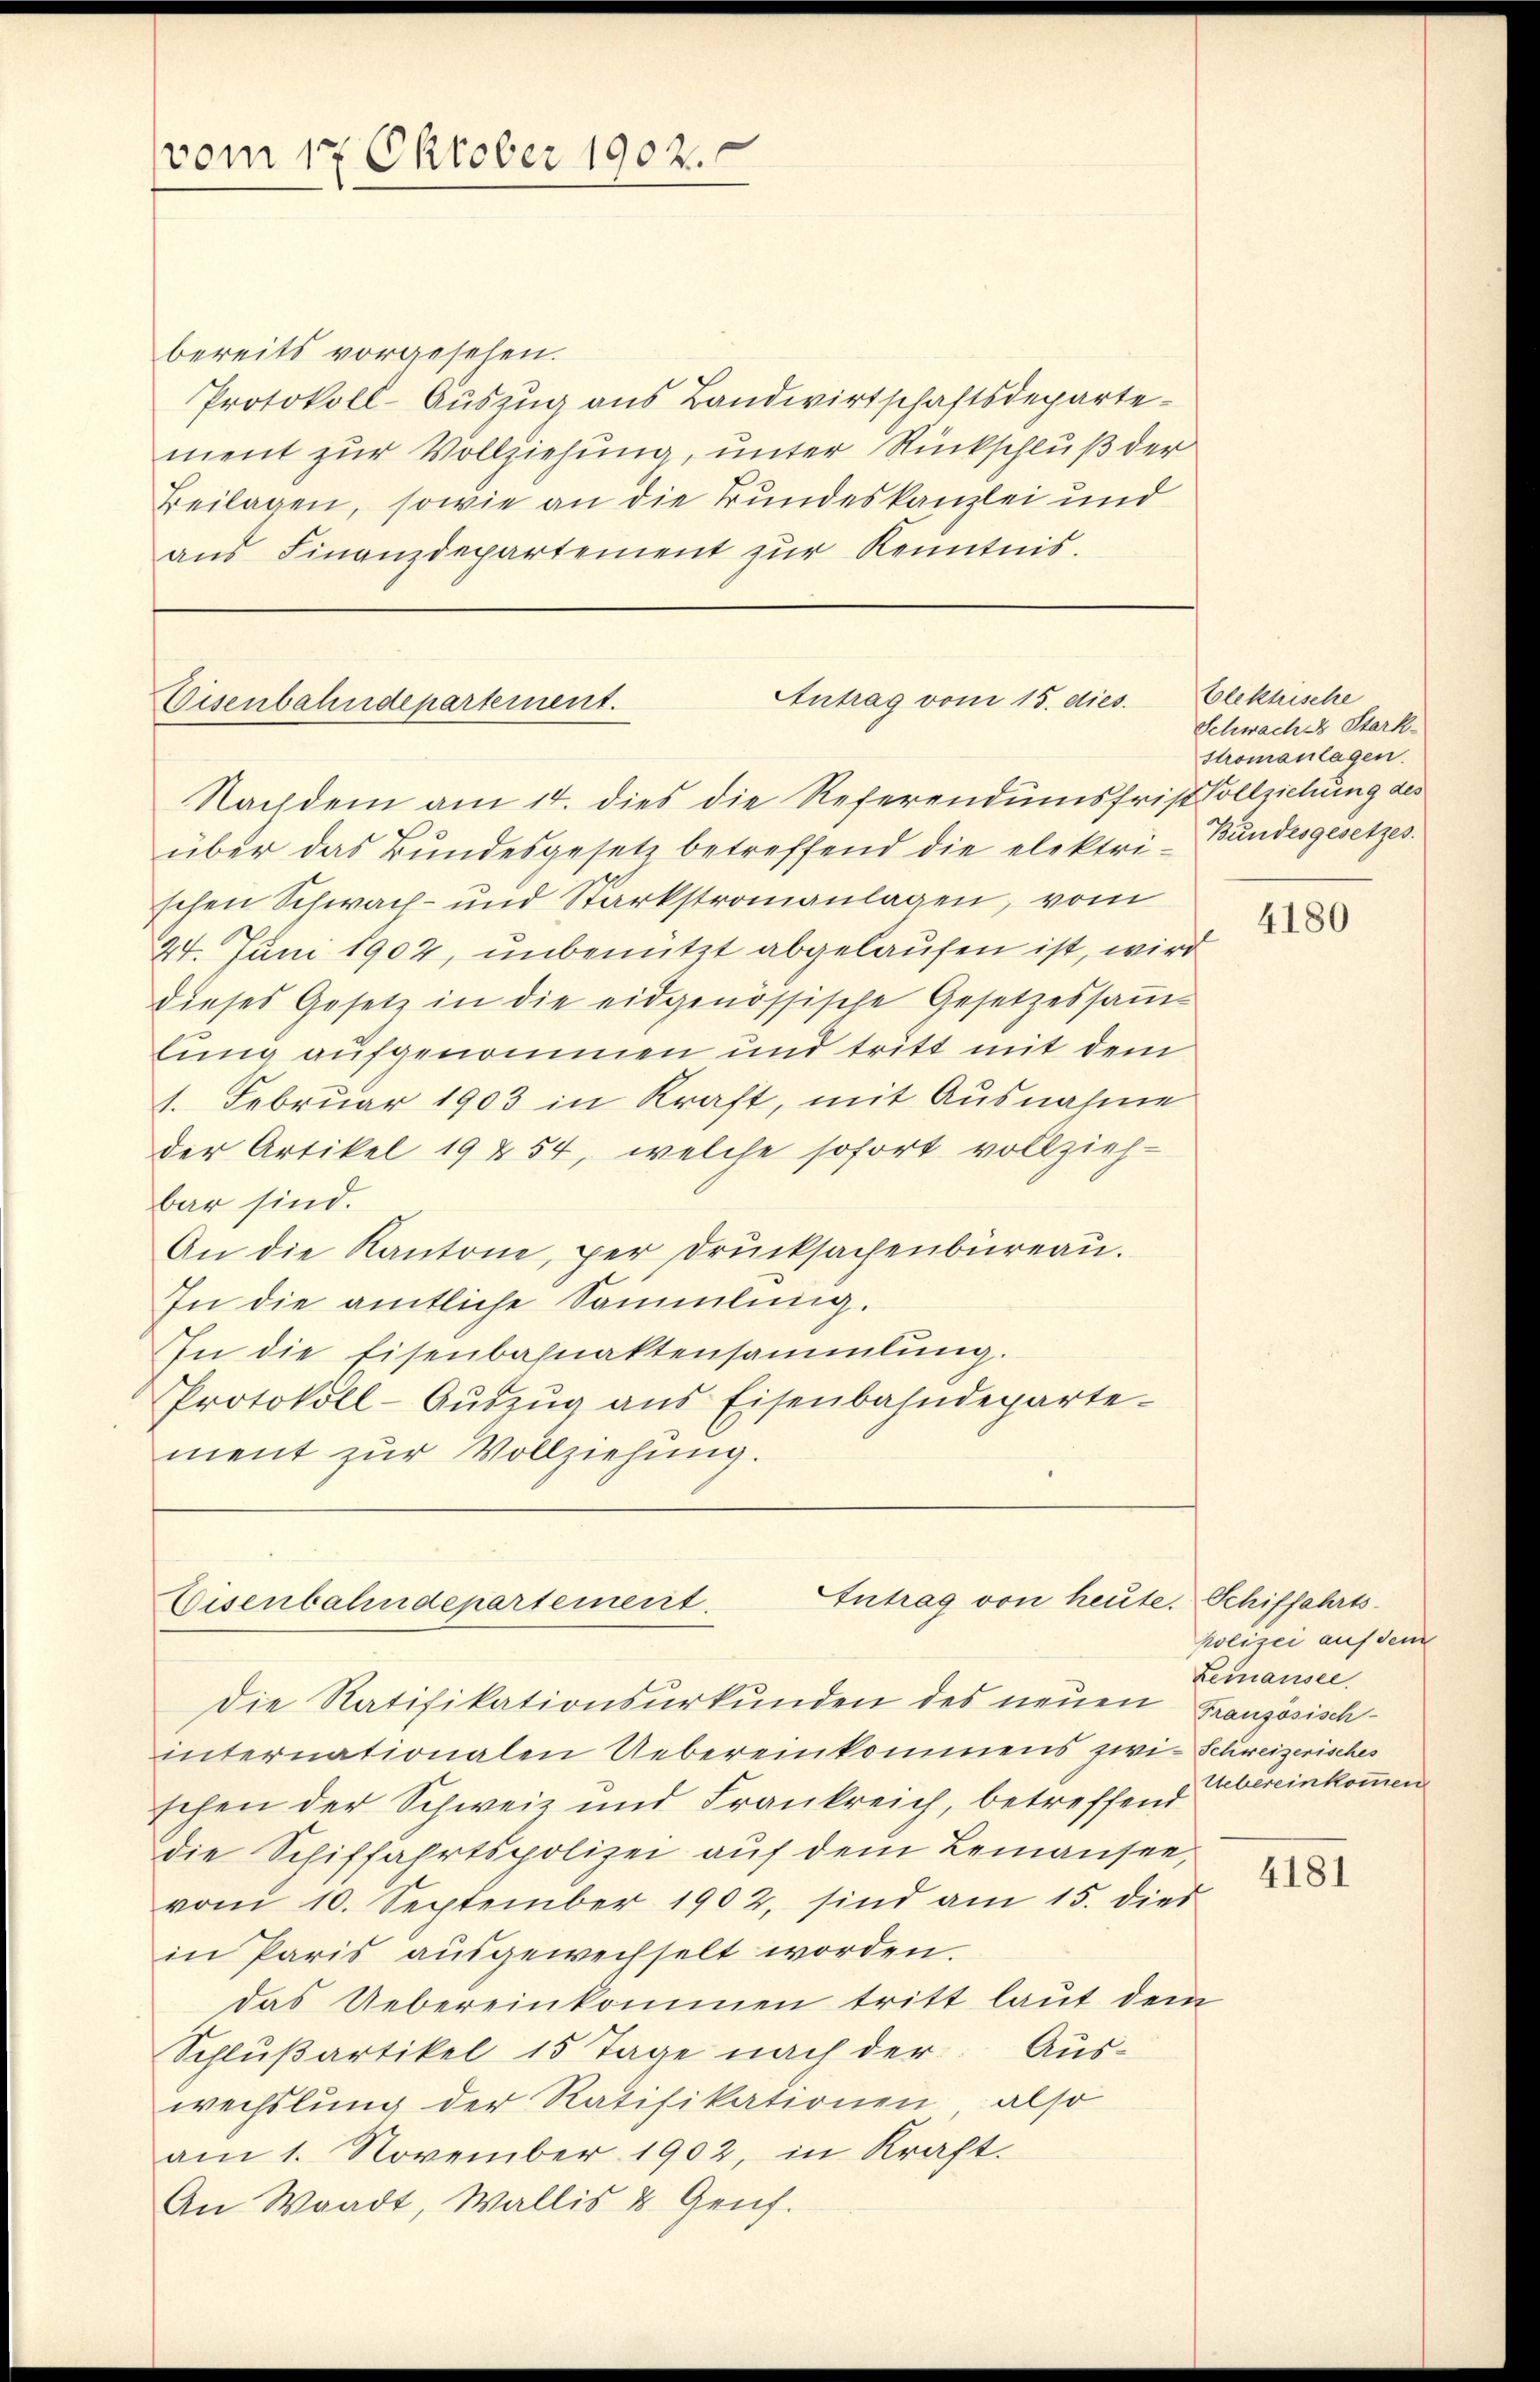
vom 17. Oktober 1902.

Antrag vom 15. dies.
Eisenbahndepartement.
Nachdem am 14. dies die Referendumsfrist Vollziehung des

bereits vorgesehen.
Protokoll-Auszug aus Bandwirtschaftsdepartement zur Vollziehung, unter Rückschluß der
Beilagen, sowie an die Bundeskanzlei und
ans Finanzdepartement zŭr Kenntnis.

Antrag von heute. Schiffahrts¬
Eisenbahndepartement.
Die Ratifikationsurkunden des neuen Französisch¬

über das Bundesgesetz betreffend die elektri-Bundesgesetzes.
schen Schwach- und Starkstromanlagen, vom
24. Juni 1902, unbenützt abgelaufen ist, wird
dieses Gesetz in die eidgenössische Gesetzessammlung aufgenommen und tritt mit dem
1. Februar 1903 in Kraft, mit Ausnahme
der Artikel 19454, welche sofort vollzieh-
bar sind.
An die Kantone, per Drucksachenbüreaŭ.
In die amtliche Sammlung.
In die Eisenbahnaktensammlung.
Protokoll-Aŭszŭg ans Eisenbahndeparte
ment zur Vollziehung.

internationalen Uebereinkommens zwi- Schweizerisches
schen der Schweiz und Frankreich, betreffend
die Schiffahrtspolizei auf dem Lemansee,
vom 10. September 1902, sind am 15. dies
in Paris aŭsgewechselt worden.
das Uebereinkommen tritt laut dem
Schlŭβartikel 15 Tage nach der Aus-
wechslung der Ratifikationen, also
am 1. November 1902, in Kraft.
An Waadt, Wallis u Genf.

Elektische
Schwaches Stark
Stromanlagen.

4180

kolizei auf dem
Lemansee.
Uebereinkommen

4181